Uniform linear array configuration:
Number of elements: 8
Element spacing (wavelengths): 0.5
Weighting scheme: binomial
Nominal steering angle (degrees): -60
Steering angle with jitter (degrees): -61.529
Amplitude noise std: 0.05
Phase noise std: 0.05

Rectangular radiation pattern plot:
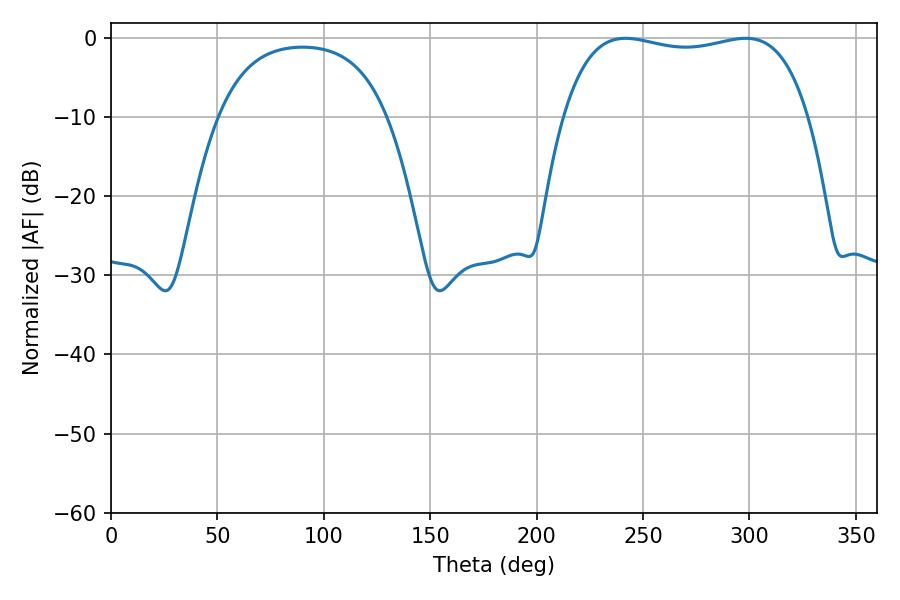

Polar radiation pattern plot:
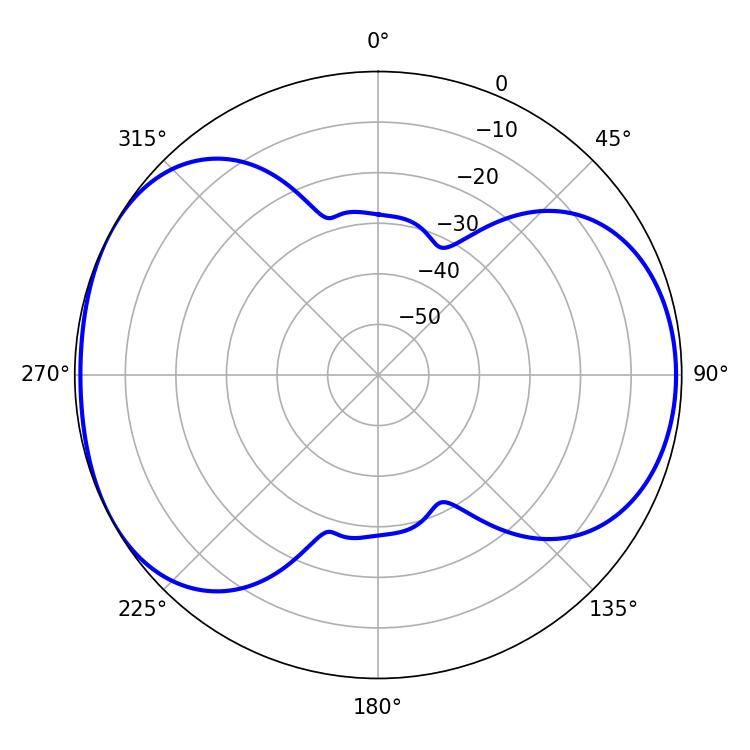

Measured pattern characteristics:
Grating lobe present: FALSE
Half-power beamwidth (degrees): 92.88
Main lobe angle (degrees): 241.74